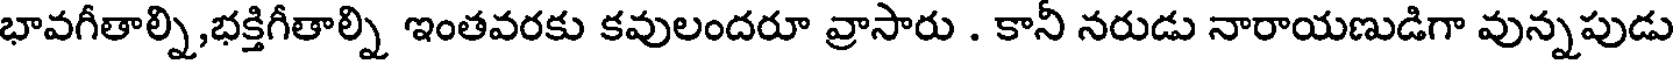
భావగీతాల్ని,భక్తిగీతాల్ని ఇంతవరకు కవులందరూ వ్రాసారు . కానీ నరుడు నారాయణుడిగా వున్నపుడు